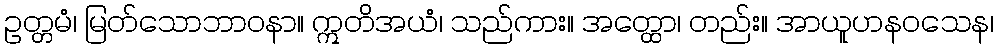
ဥတ္တမံ၊ မြတ်သောဘာဝနာ။ ဣတိအယံ၊ သည်ကား။ အတ္ထော၊ တည်း။ အာယူဟနဝသေန၊